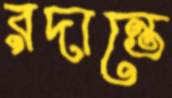
রদান্তে